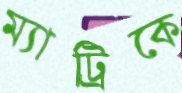
ম্যাট্রিকে